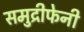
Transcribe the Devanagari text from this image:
समुद्रीफेनी